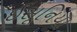
ઈસૂનિયા